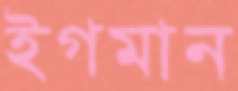
ইগমান